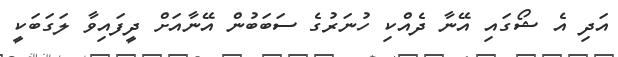
އަދި އެ ޝޯގައި އޭނާ ދެއްކި ހުނަރުގެ ސަބަބުން އޭނާއަށް ދީފައިވާ ލަގަބަކީ